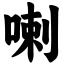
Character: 喇